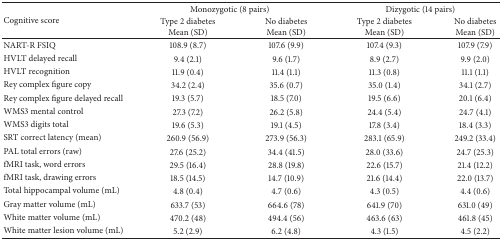
<table><thead><tr><td rowspan="2"><b>Cognitive score</b></td><td colspan="2"><b> Monozygotic (8 pairs)</b></td><td colspan="2"><b> Dizygotic (14 pairs)</b></td></tr><tr><td><b>Type 2 diabetesMean (SD)</b></td><td><b>No diabetesMean (SD)</b></td><td><b>Type 2 diabetesMean (SD)</b></td><td><b>No diabetesMean (SD)</b></td></tr></thead><tbody><tr><td>NART-R FSIQ</td><td>108.9 (8.7)</td><td>107.6 (9.9)</td><td>107.4 (9.3)</td><td>107.9 (7.9)</td></tr><tr><td>HVLT delayed recall</td><td>9.4 (2.1)</td><td>9.6 (1.7)</td><td>8.9 (2.7)</td><td>9.9 (2.0)</td></tr><tr><td>HVLT recognition</td><td>11.9 (0.4)</td><td>11.4 (1.1)</td><td>11.3 (0.8)</td><td>11.1 (1.1)</td></tr><tr><td>Rey complex figure copy</td><td>34.2 (2.4)</td><td>35.6 (0.7)</td><td>35.0 (1.4)</td><td>34.1 (2.7)</td></tr><tr><td>Rey complex figure delayed recall</td><td>19.3 (5.7)</td><td>18.5 (7.0)</td><td>19.5 (6.6)</td><td>20.1 (6.4)</td></tr><tr><td>WMS3 mental control</td><td>27.3 (7.2)</td><td>26.2 (5.8)</td><td>24.4 (5.4) </td><td>24.7 (4.1)</td></tr><tr><td>WMS3 digits total</td><td>19.6 (5.3)</td><td>19.1 (4.5)</td><td>17.8 (3.4)</td><td>18.4 (3.3)</td></tr><tr><td>SRT correct latency (mean)</td><td>260.9 (56.9)</td><td>273.9 (56.3)</td><td>283.1 (65.9)</td><td>249.2 (33.4)</td></tr><tr><td>PAL total errors (raw)</td><td>27.6 (25.2)</td><td>34.4 (41.5)</td><td>28.0 (33.6)</td><td>24.7 (25.3)</td></tr><tr><td>fMRI task, word errors</td><td>29.5 (16.4)</td><td>28.8 (19.8)</td><td>22.6 (15.7)</td><td>21.4 (12.2)</td></tr><tr><td>fMRI task, drawing errors</td><td>18.5 (14.5)</td><td>14.7 (10.9)</td><td>21.6 (14.4)</td><td>22.0 (13.7)</td></tr><tr><td>Total hippocampal volume (mL)</td><td>4.8 (0.4)</td><td>4.7 (0.6)</td><td>4.3 (0.5)</td><td>4.4 (0.6)</td></tr><tr><td>Gray matter volume (mL)</td><td>633.7 (53)</td><td>664.6 (78)</td><td>641.9 (70)</td><td>631.0 (49)</td></tr><tr><td>White matter volume (mL)</td><td>470.2 (48)</td><td>494.4 (56)</td><td>463.6 (63)</td><td>461.8 (45)</td></tr><tr><td>White matter lesion volume (mL)</td><td>5.2 (2.9)</td><td>6.2 (4.8)</td><td>4.3 (1.5)</td><td>4.5 (2.2)</td></tr></tbody></table>